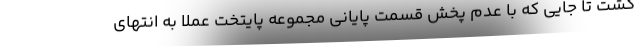
گشت تا جایی که با عدم پخش قسمت پایانی مجموعه پایتخت عملاً به انتهای